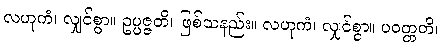
လဟုကံ၊ လျှင်စွာ။ ဥပ္ပဇ္ဇတိ၊ ဖြစ်သနည်း။ လဟုကံ၊ လျှင်စွာ။ ပဝတ္တတိ၊